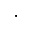
\cdot